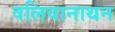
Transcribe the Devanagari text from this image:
वलियानाथन